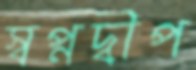
স্বপ্নদ্বীপ